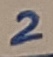
Text: 2